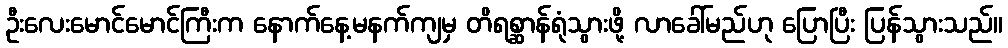
ဦးလေးမောင်မောင်ကြီးက နောက်နေ့မနက်ကျမှ တိရစ္ဆာန်ရုံသွားဖို့ လာခေါ်မည်ဟု ပြောပြီး ပြန်သွားသည်။